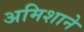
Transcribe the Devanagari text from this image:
अमिशाने